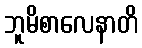
ဘူမိစာလေနာတိ